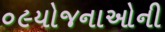
૦૯યોજનાઓની